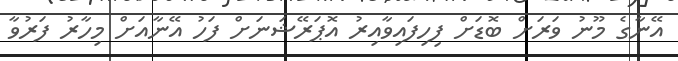
އޭނާގެ މޫނު ވަރަށް ބޮޑަށް ފިހިފައިވާއިރު އޮޕަރޭޝަނަށް ފަހު އޭނާއަށް މިހާރު ފަރުވާ